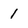
Character: 1